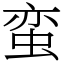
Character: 蛮